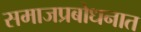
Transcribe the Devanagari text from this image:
समाजप्रबोधनात